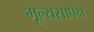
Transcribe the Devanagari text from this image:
मूल्यसापेक्ष